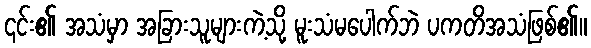
၎င်း၏ အသံမှာ အခြားသူများကဲ့သို့ မူးသံမပေါက်ဘဲ ပကတိအသံဖြစ်၏။